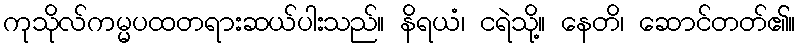
ကုသိုလ်ကမ္မပထတရားဆယ်ပါးသည်။ နိရယံ၊ ငရဲသို့။ နေတိ၊ ဆောင်တတ်၏။